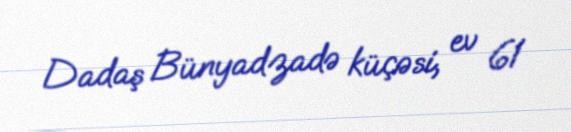
Dadaş Bünyadzadə küçəsi, ev 61